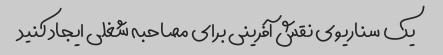
یک سناریوی نقش آفرینی برای مصاحبه شغلی ایجاد کنید